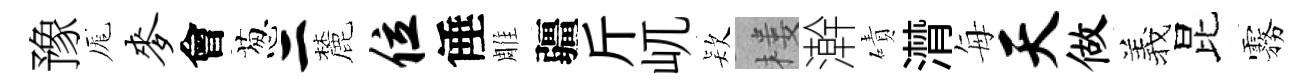
豫厖麦會葱二麓位倕雕疆斤屼𣣇楼澣磧潸每天做羲昆霧